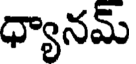
ధ్యానమ్